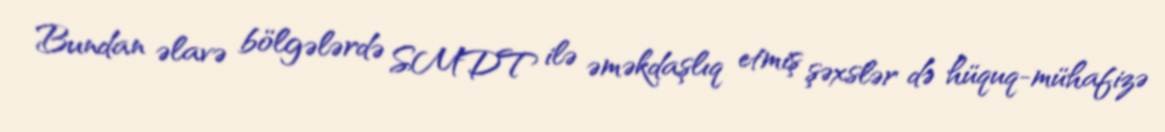
Bundan əlavə bölgələrdə SMDT ilə əməkdaşlıq etmiş şəxslər də hüquq-mühafizə